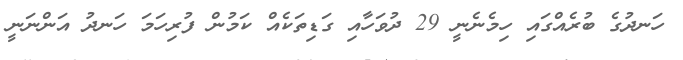
ހަނދުގެ ބުރެއްގައި ހިމެނެނީ 29 ދުވަހާއި ގަޑިތަކެއް ކަމުން ފުރިހަމަ ހަނދު އަންނަނީ